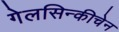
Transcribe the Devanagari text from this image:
गेलसिन्कीचेन